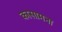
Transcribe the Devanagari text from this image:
कासामना